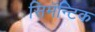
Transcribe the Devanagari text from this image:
सिमॅन्टिक